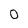
Character: 0